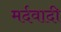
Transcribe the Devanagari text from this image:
मर्दवादी